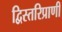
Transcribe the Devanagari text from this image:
द्विस्तरिप्राणी